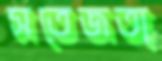
সতেজতা